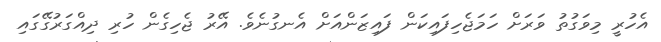
އެހުރީ މިވަގުތު ވަރަށް ހަމަޖެހިފައިކަން ފައިޒަންއަށް އެނގުނެވެ. އޭރު ޖެހިގެން ހުރި ދިއްގަރުގޭގައި